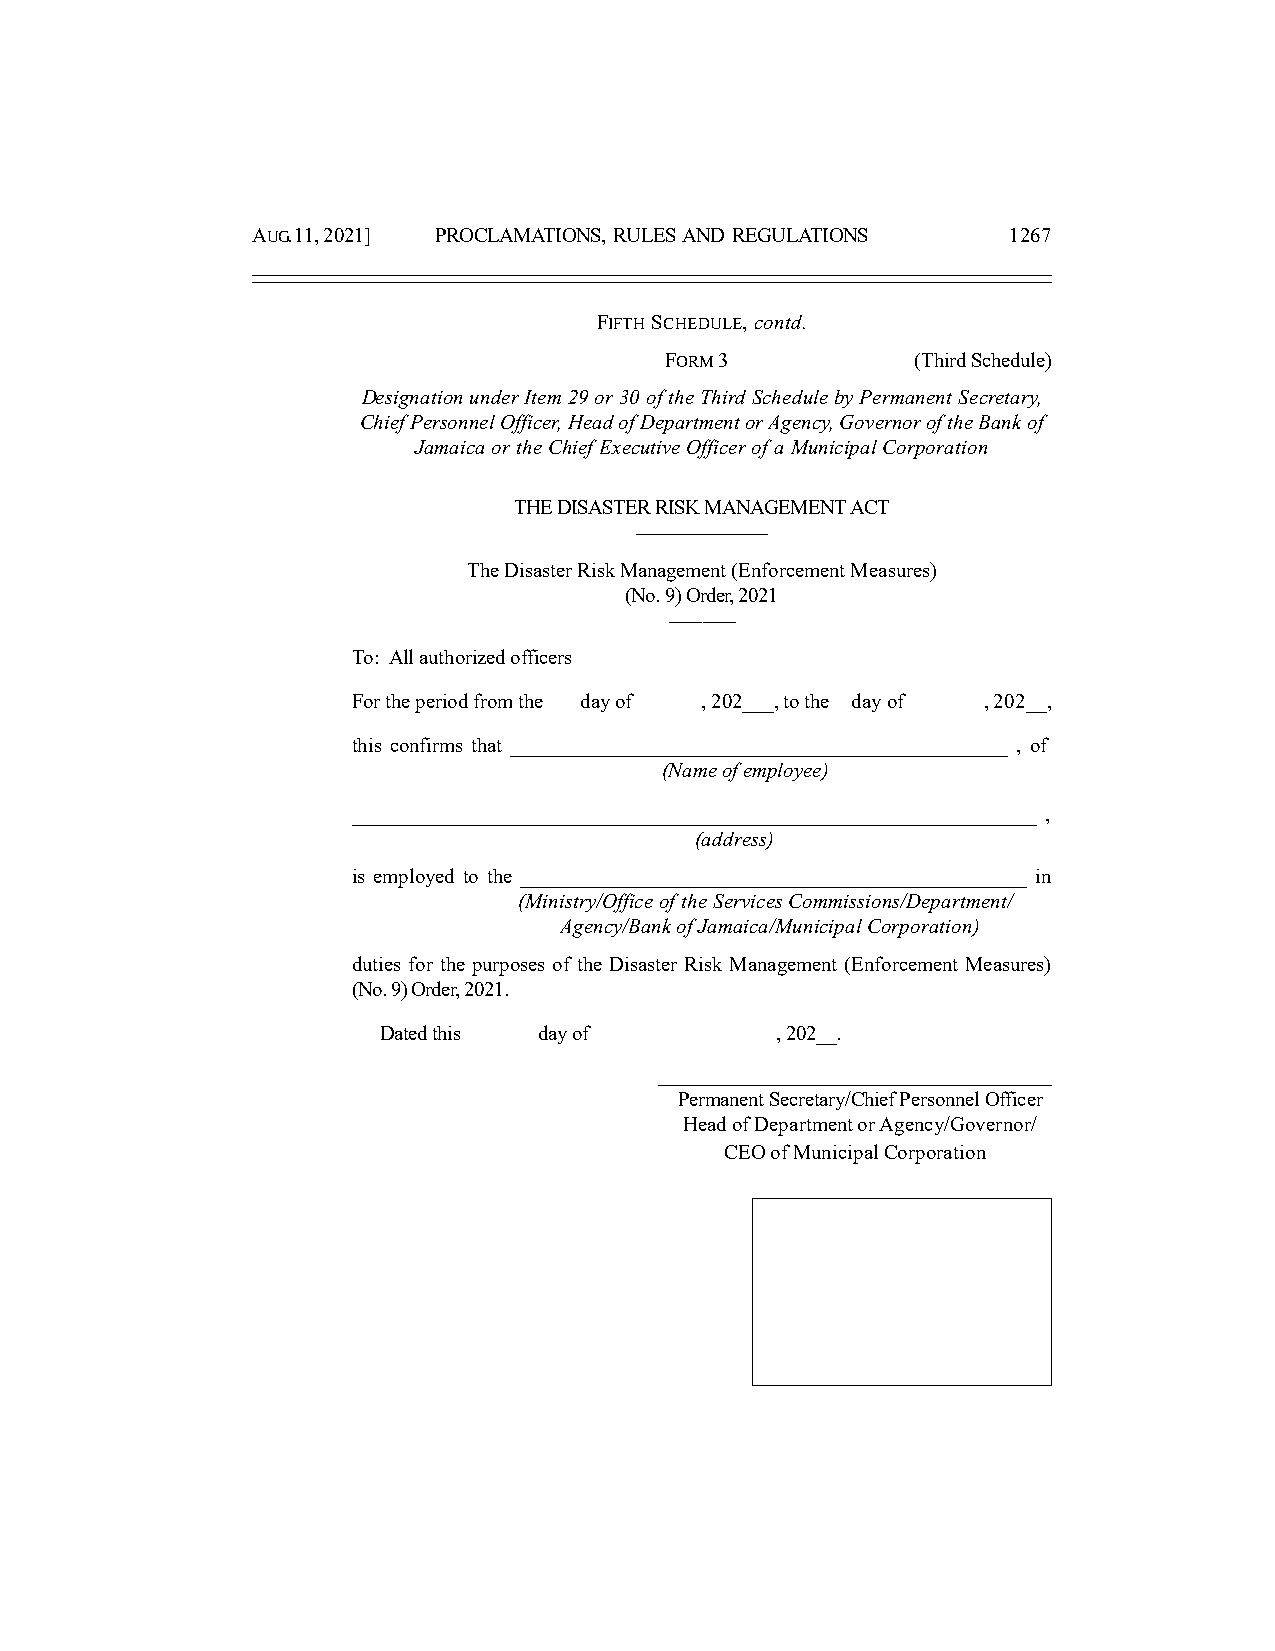
AUG. 11, 2021] PROCLAMATIONS, RULES AND REGULATIONS 1267
 FIFTH SCHEDULE, contd.
 FORM 3           (Third Schedule)
 Designation under Item 29 or 30 of the Third Schedule by Permanent Secretary,
 Chief Personnel Officer, Head of Department or Agency, Governor of the Bank of
 Jamaica or the Chief Executive Officer of a Municipal Corporation
 THE DISASTER RISK MANAGEMENT ACT
 ––––––––––––
 The Disaster Risk Management (Enforcement Measures)
 (No. 9) Order, 2021
 ––––––
 To: All authorized officers
 For the period from the day of , 202___, to the day of , 202__,
 this confirms that _______________________________________________ , of
 (Name of employee)
 _______________________________________________________________ ,
 (address)
 is employed to the ________________________________________________ in
 (Ministry/Office of the Services Commissions/Department/
 Agency/Bank of Jamaica/Municipal Corporation)
 duties for the purposes of the Disaster Risk Management (Enforcement Measures)
 (No. 9) Order, 2021.
 Dated this day of         , 202__.
 ____________________________________
 Permanent Secretary/Chief Personnel Officer
 Head of Department or Agency/Governor/
 CEO of Municipal Corporation
 Stamp or Seal